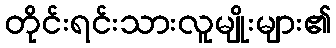
တိုင်းရင်းသားလူမျိုးများ၏